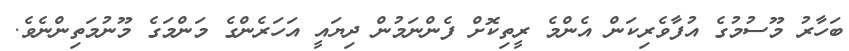
ބަހާރު މޫސުމުގެ އުފާވެރިކަން އެންމެ ރީތިކޮށް ފެންނަމުން ދިޔައީ އަހަރެންގެ މަންމަގެ މޫނުމަތިންނެވެ.